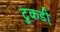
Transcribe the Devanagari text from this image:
टुकडी़